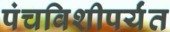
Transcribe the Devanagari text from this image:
पंचविशीपर्यंत